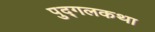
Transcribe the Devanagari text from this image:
पुद्गलकथा